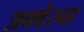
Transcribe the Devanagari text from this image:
अक्वेरना